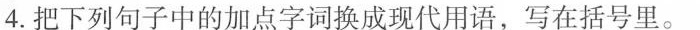
4.把下列句子中的加点字词换成现代用语，写在括号里。